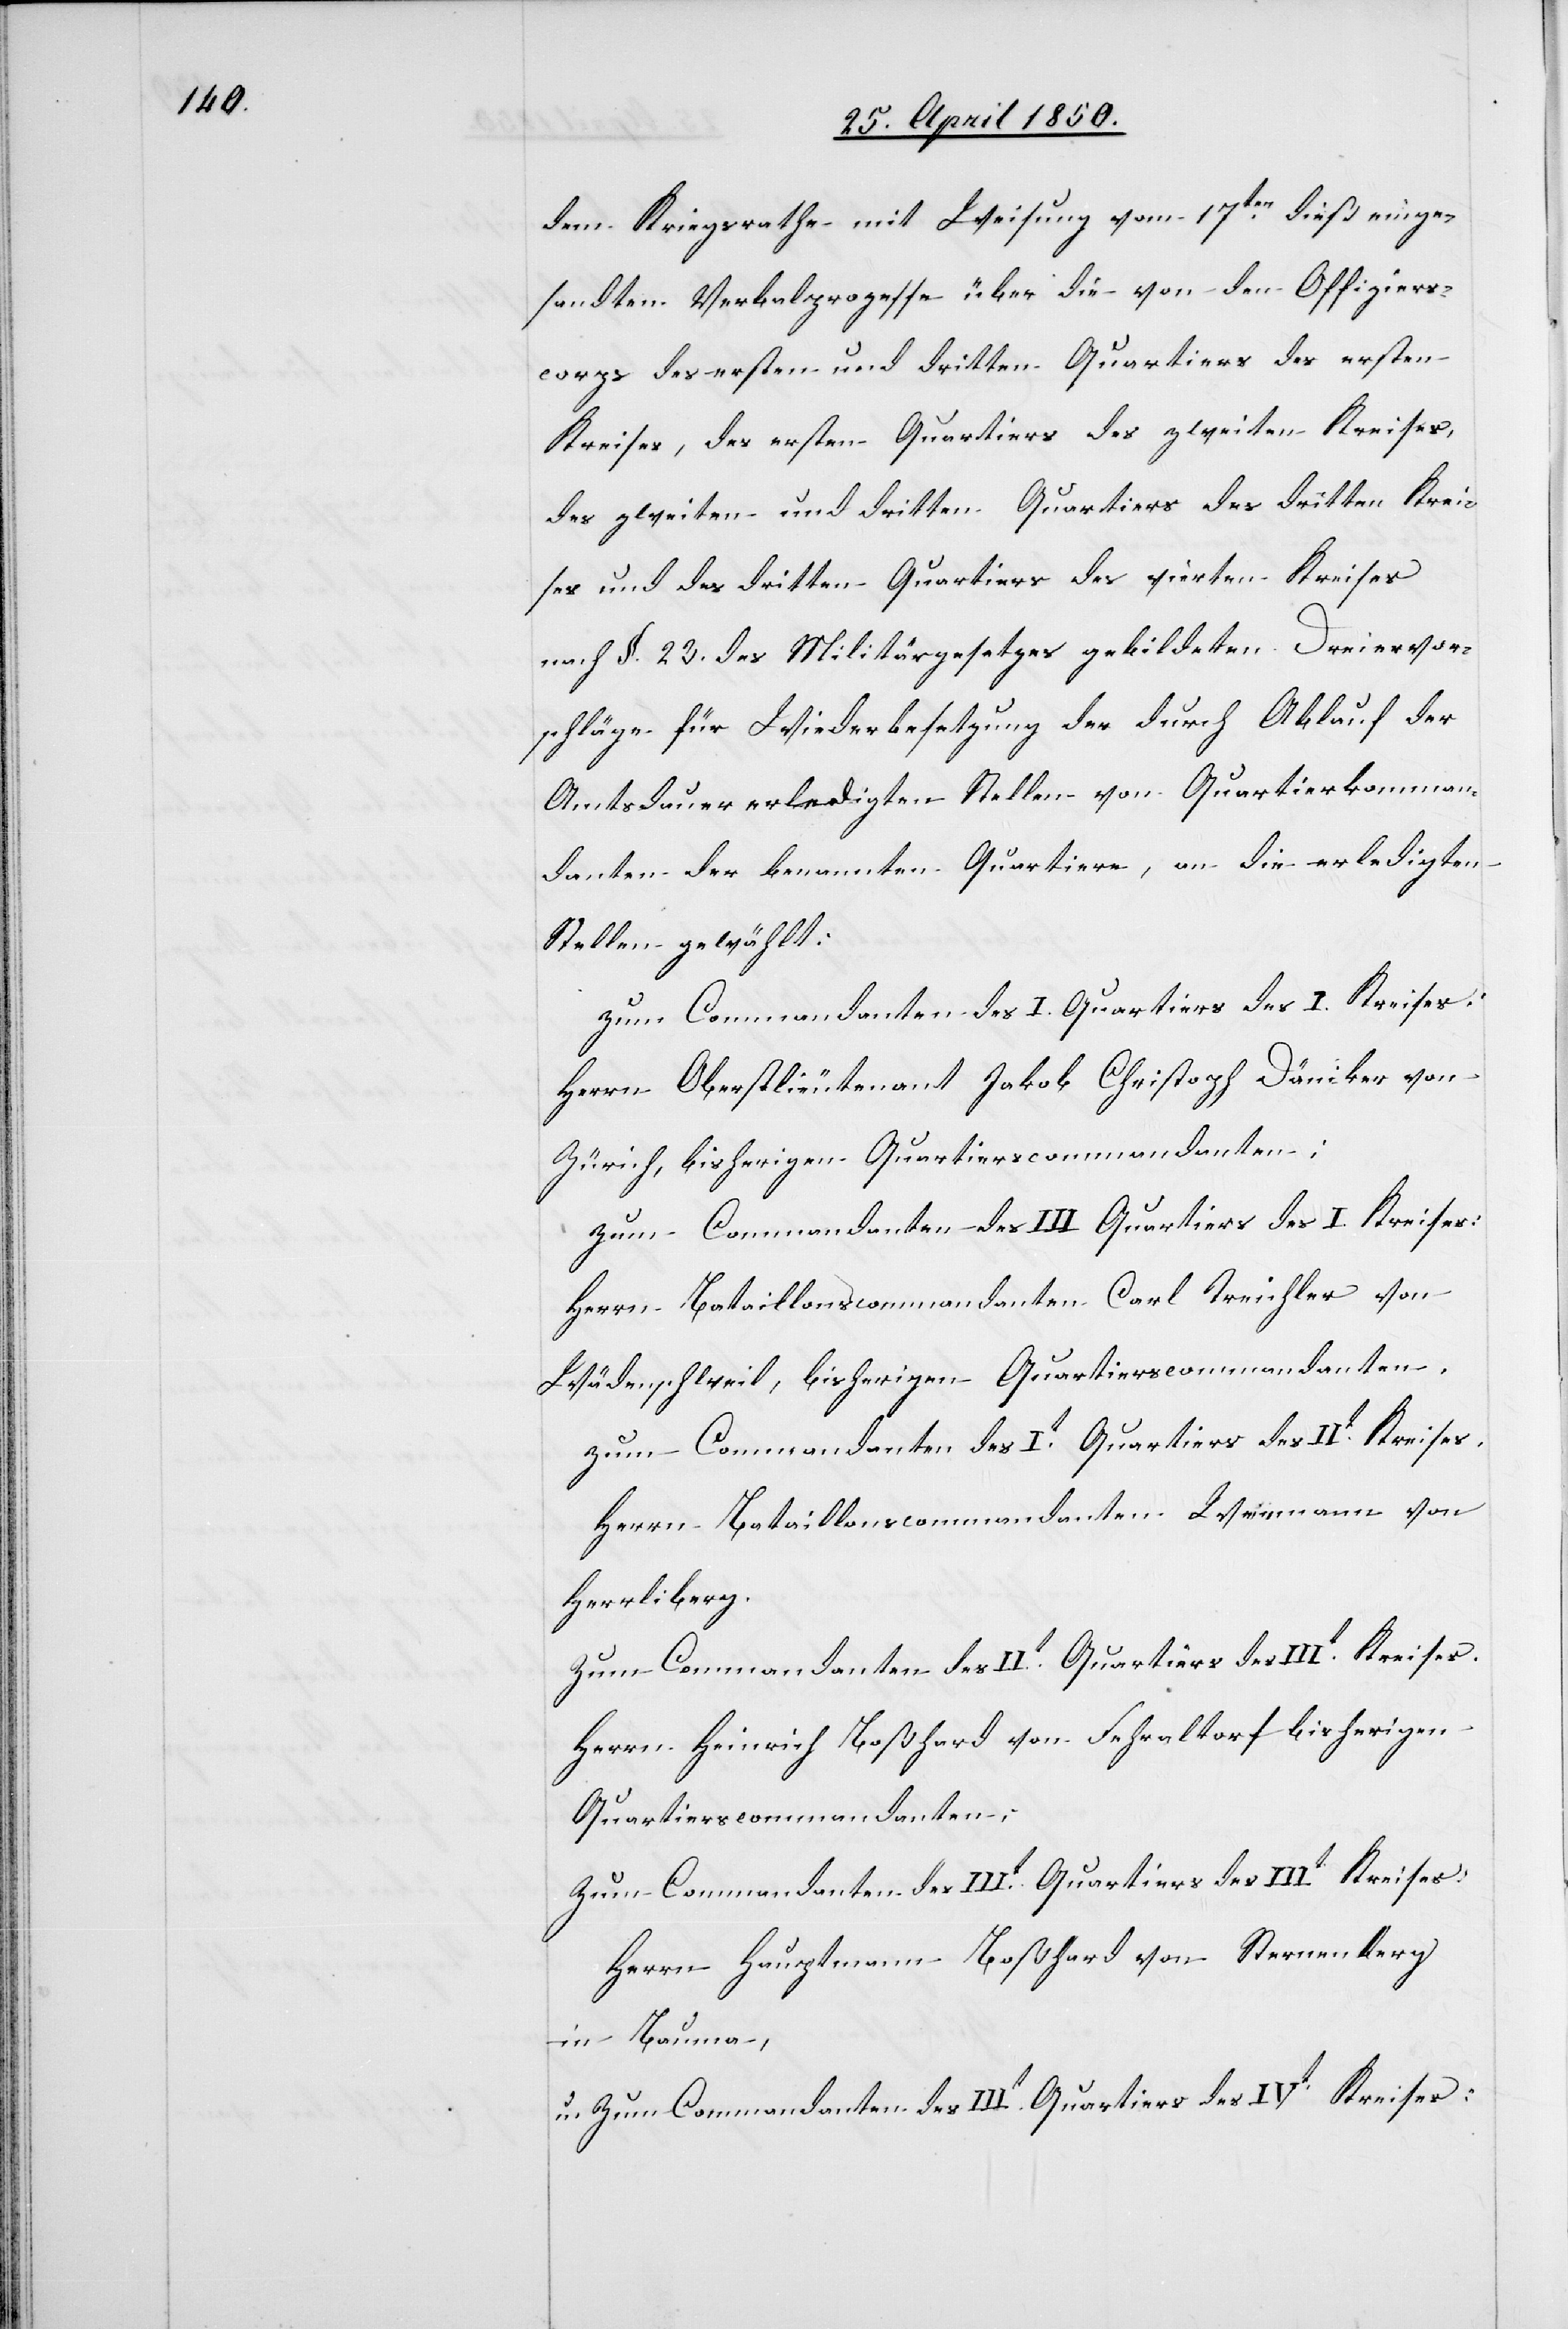
dem Kriegsrathe mit Weisung vom 17ten dieß einge¬
sandten Verbalprozesse über die von den Offiziers¬
corps des ersten und dritten Quartiers des ersten
Kreises, des ersten Quartiers des zweiten Kreises,
des zweiten und dritten Quartiers des dritten Krei¬
ses und des dritten Quartiers des vierten Kreises
nach §. 23. des Militärgesetzes gebildeten Dreiervor¬
schläge für Wiederbesetzung der durch Ablauf der
Amtsdauer erledigten Stellen von Quartierkomman¬
danten der benannten Quartiere, an die erledigten
Stellen gewählt:
Zum Commandanten des I. Quartiers des I. Kreises:
Herrn Oberstlieutenant Jakob Christoph Däniker von
Zürich, bisherigen Quartierscommandanten;
Zum Commandanten des III. Quartiers des I. Kreises:
Herrn Bataillonscommandanten Carl Treichler von
Wädenschweil, bisherigen Quartierscommandanten.
Zum Commandanten des It Quartiers des IIt Kreises.
Herrn Bataillonscommandaten Weinmann von
Herrliberg.
Zum Commandanten des IIt Quartiers des IIIt Kreises.
Herrn Heinrich Boßhard von Fehraltorf bisherigen
Quartierscommandanten;
Zum Commandanten des IIIt Quartiers des IVt Kreises:
Herrn Hauptmann Boßhard von Sternenberg
in Bauma,